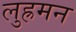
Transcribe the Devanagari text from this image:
लुह्रमन